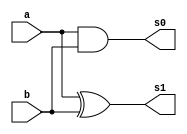
// ---------------------
// Guia 05_01
// Nome: Luiz Menezes
// ---------------------

module meiasoma(s0,s1, a,b);

	output s0,s1;
	input  a, b;

	and(s0, a,b);
	xor(s1, a,b);
	
endmodule // fim meia soma

module  somacompleta(Cout, Soma, a, b, Cin);

	output Cout, Soma;
	input  a, b, Cin;
	
	wire temp1, temp2, temp3;

 	meiasoma S1 (temp1,temp2,a, b);
 	meiasoma S2(temp3, Soma, temp2, Cin);
 	or(Cout, temp1, temp3);
 

endmodule // fim somacompleta


module SomaCompleta4bits(s,Cout,a,b);

	output [3:0] s;
        output Cout;
	input [4:0] a, b;
	
	wire temp1, temp2, temp3;
	
		
	meiasoma      S3(temp1, s[0] ,a[0], b[0]) ;
	somacompleta  S4(temp2, s[1], a[1], b[1], temp1);
	somacompleta  S5(temp3, s[2], a[2], b[2], temp2);
	somacompleta  S6(Cout , s[3], a[3], b[3], temp3);
	
endmodule // fim SomaCompleta4bits	

module teste;

	wire [3:0] s; 
        wire Cout;
	reg  [4:0] a, b;

	SomaCompleta4bits SOMA (s, Cout, a, b);


	initial begin: Start

                a = 4'b0000; b = 4'b0000;
	end
	
	initial begin: Principal
	
		$display("\n Guia 05 - 01 - Luiz Menezes - 292160");
		$display("\n SOMA COMPLETA COM 4 BITS");
		$display("\n A + B = s3 s2 s1 s0 \n");


		$monitor(" %4b + %4b = %4b", a, b, s);
		
		for(a = 0; a <= 15; a =  a + 1)
		  begin
		    
  #1      $monitor(" %4b + %4b = %4b", a, b, s);
			 for(b = 0; b <= 15; b = b + 1)
			   begin

  #1              $monitor(" %4b + %4b = %4b", a, b, s);
		      end
		  	 end
  		  end
			 
endmodule // fim teste